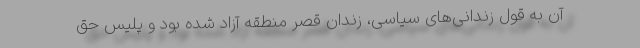
آن به قول زندانی‌های سیاسی، زندان قصر منطقه آزاد شده بود و پلیس حق